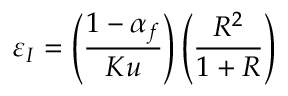
\varepsilon _ { I } = \left( \frac { 1 - \alpha _ { f } } { K u } \right) \left( \frac { R ^ { 2 } } { 1 + R } \right)